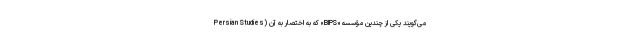
Persian Studies) که به اختصار به آن «BIPS» می‌گویند یکی از چندین مؤسسه